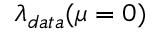
\lambda _ { d a t a } ( \mu = 0 )